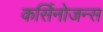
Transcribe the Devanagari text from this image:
कर्सिनोजन्स